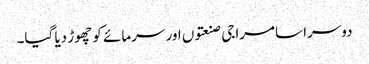
دوسرا سامراجی صنعتوں اور سرمائے کو چھوڑ دیا گیا۔